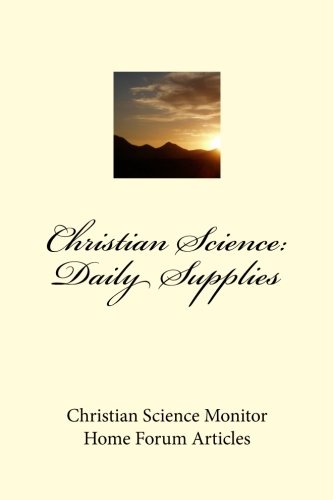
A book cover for Christian Science:  Daily Supplies; Footsteps Of His Flock; Christian Books & Bibles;